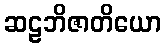
ဆဠဘိဇာတိယော